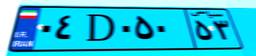
۸۳D۲۸۶۷۳